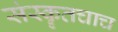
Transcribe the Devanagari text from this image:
संस्कॄतचाच